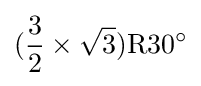
({\frac {3}{2}}\times {\sqrt {3}})\mathrm {R} 30^{\circ }